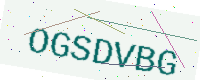
Text: OGSDVBG